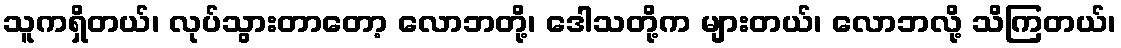
သူကရှိတယ်၊ လုပ်သွားတာတော့ လောဘတို့၊ ဒေါသတို့က များတယ်၊ လောဘလို့ သိကြတယ်၊